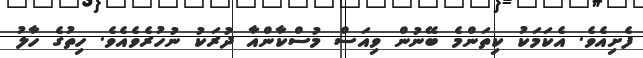
ފެށިއެވެ. އެކަމަކު ކިތަންމެ ބޭނުން ވިއަސް މުސްކާންއާ ދުރަކު ނުހުރެވެއެވެ. ހިތުގެ ހާލު